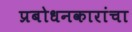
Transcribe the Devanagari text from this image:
प्रबोधनकारांचा